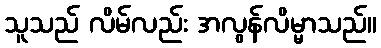
သူသည် လိမ်လည်း အလွန်လိမ္မာသည်။